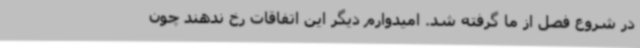
در شروع فصل از ما گرفته شد. امیدوارم دیگر این اتفاقات رخ ندهند چون